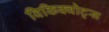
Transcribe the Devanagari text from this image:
विकिक्वोट्स